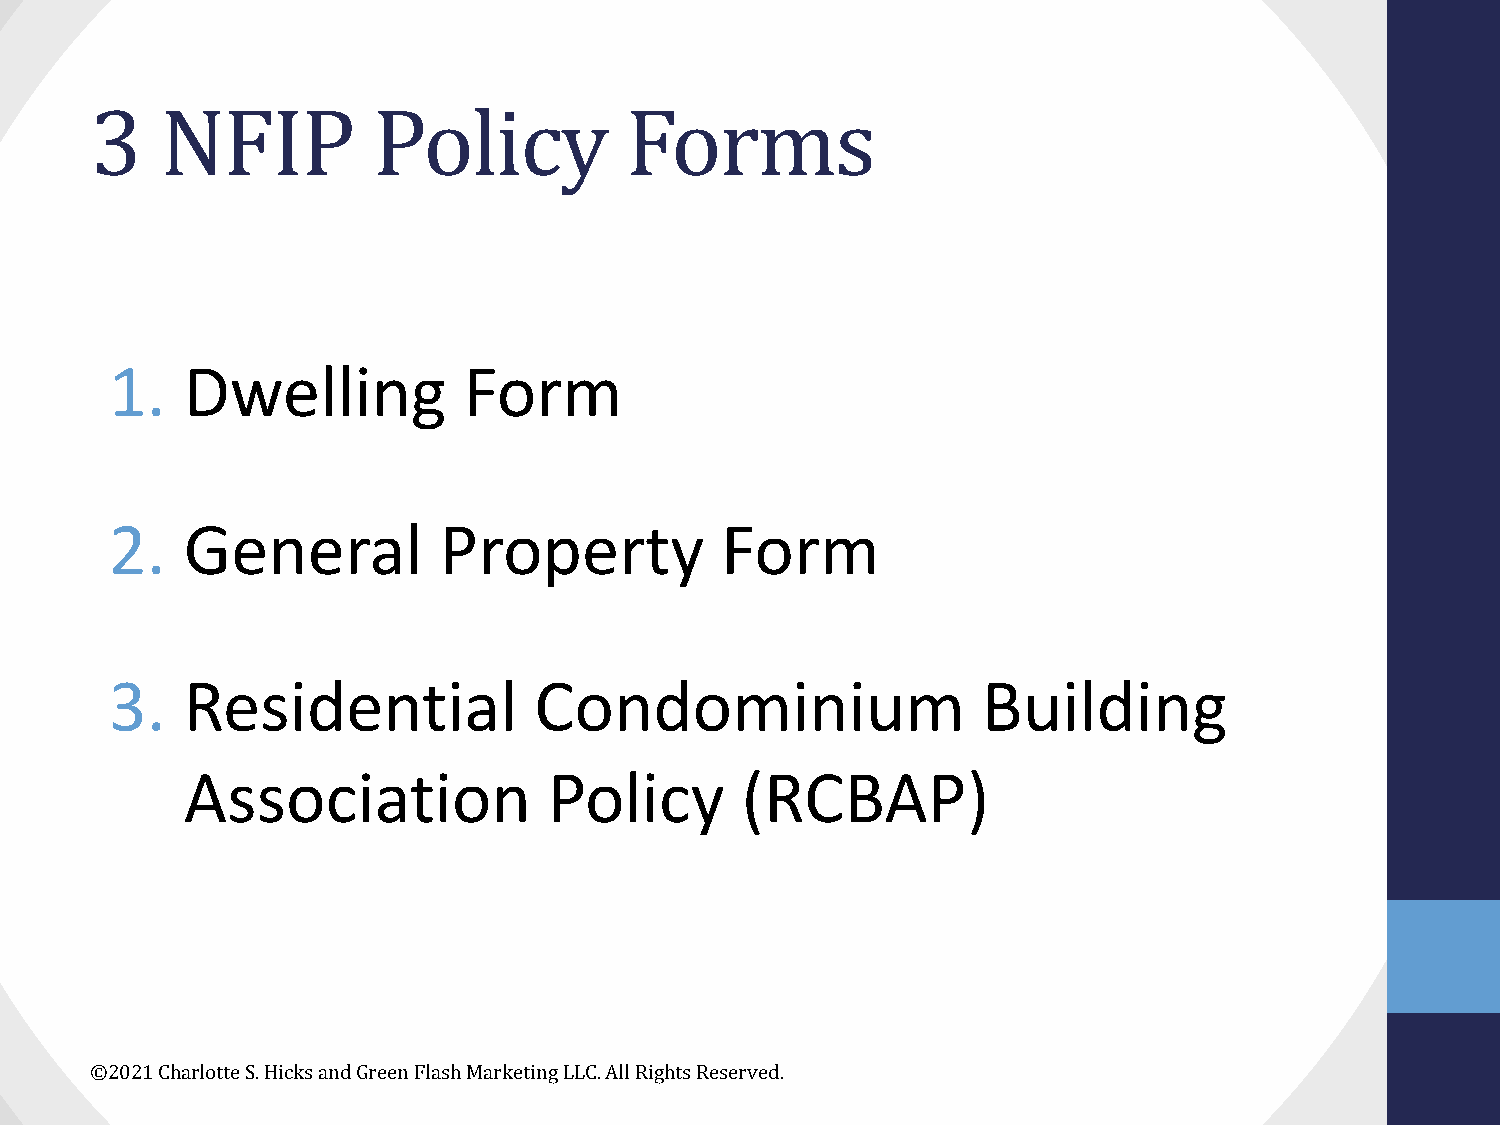
3    NFIP          Policy          Forms
 1.   Dwelling           Form
 2.   General          Property           Form
 3.   Residential            Condominium                   Building
 Association             Policy       (RCBAP)
 ©2021 Charlotte S. Hicks and Green Flash Marketing LLC. All Rights Reserved.